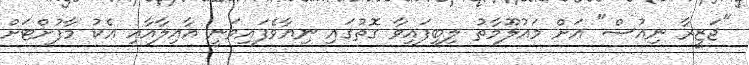
"ޖަޒީރާ ނިއުސް" އަށް މައުލޫމާތު ލިބިފައިވާ ގޮތުގައި ނިޔާވެފައިވަނީ އާއިލާއާއި އެކު މާފުށްޓަށް